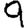
Digit: 9